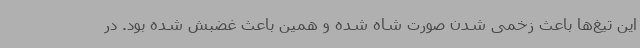
این تیغ‌ها باعث زخمی شدن صورت شاه شده و همین باعث غضبش شده بود. در